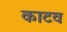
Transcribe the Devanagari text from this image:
काटव